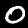
Digit: 0